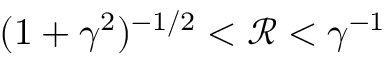
( 1 + \gamma ^ { 2 } ) ^ { - 1 / 2 } < \mathcal R < \gamma ^ { - 1 }